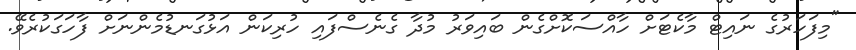
"މިފަހަރުގެ ނައިޓް މާކެޓަށް ހާއްސަކޮށްގެން ބައިވަރު މުދާ ގެނެސްފައި ހުރިކަން އަޅުގަނޑުމެންނަށް ފާހަގަކުރެވޭ.